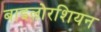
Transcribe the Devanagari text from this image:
बाइलोरशियन